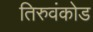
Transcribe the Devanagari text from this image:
तिरुवंकोड